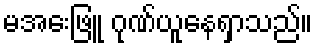
မအေးဖြူ ဂုဏ်ယူနေရှာသည်။